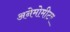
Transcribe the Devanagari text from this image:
अनेमोमीटर